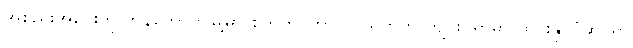
အစည်းအဝေးကို ဘန်ကောက်မြို့မှာ စက်တင်ဘာ ၂၇ ရက်က ကျင်းပရာမှာ ထိုင်းနိုင်ငံဆိုင်ရာ